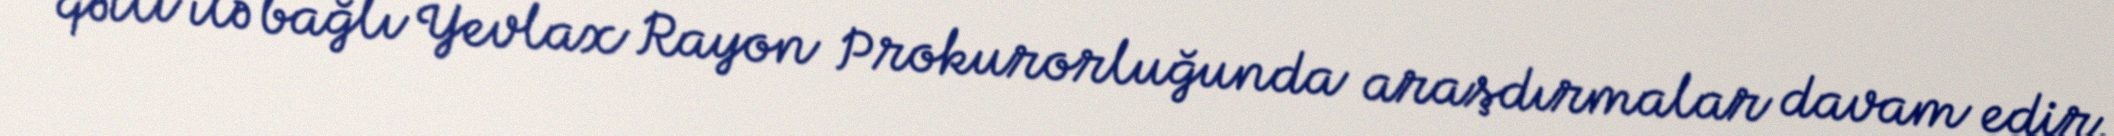
qətli ilə bağlı Yevlax Rayon Prokurorluğunda araşdırmalar davam edir.